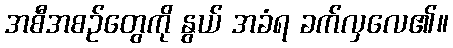
အစီအစဉ်တွေကို နွယ် အခံရ ခက်လှလေ၏။